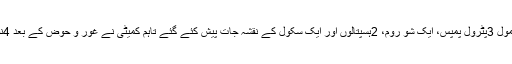
اجلاس میں 8مختلف عمارتوںبشمول 3پٹرول پمپس، ایک شو روم، 2ہسپتالوں اور ایک سکول کے نقشہ جات پیش کئے گئے تاہم کمیٹی نے غور و حوض کے بعد 4نقشہ جات کی منظوری دے دی ۔